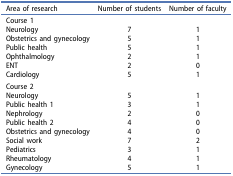
| Area of research | Number of students | Number of faculty |
 | --- | --- | --- |
 | <COLSPAN=3> Course 1 |
 | Neurology | 7 | 1 |
 | Obstetrics and gynecology | 5 | 1 |
 | Public health | 5 | 1 |
 | Ophthalmology | 2 | 1 |
 | ENT | 2 | 0 |
 | Cardiology | 5 | 1 |
 | Course 2 |  |  |
 | Neurology | 5 | 1 |
 | Public health 1 | 3 | 1 |
 | Nephrology | 2 | 0 |
 | Public health 2 | 4 | 0 |
 | Obstetrics and gynecology | 4 | 0 |
 | Social work | 7 | 2 |
 | Pediatrics | 3 | 1 |
 | Rheumatology | 4 | 1 |
 | Gynecology | 5 | 1 |